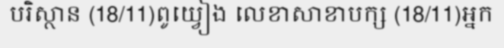
បរិស្ថាន (18/11)ពូយ្វៀង លេខាសាខាបក្ស (18/11)អ្នក